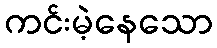
ကင်းမဲ့နေသော